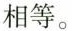
相等。